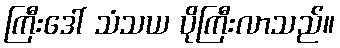
ကြီးဒေါ် သံသယ ပိုကြီးလာသည်။